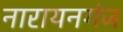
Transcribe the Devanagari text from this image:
नारायनगंज